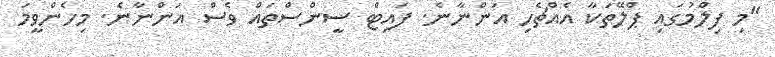
"މި ފިލްމުގައި ޕްލޭތަކާ އެއްޗެހި އަންނާނެ. ފައިޓް ސީންސްތައް ވެސް އަންނާނެ. މިހެންވީމަ